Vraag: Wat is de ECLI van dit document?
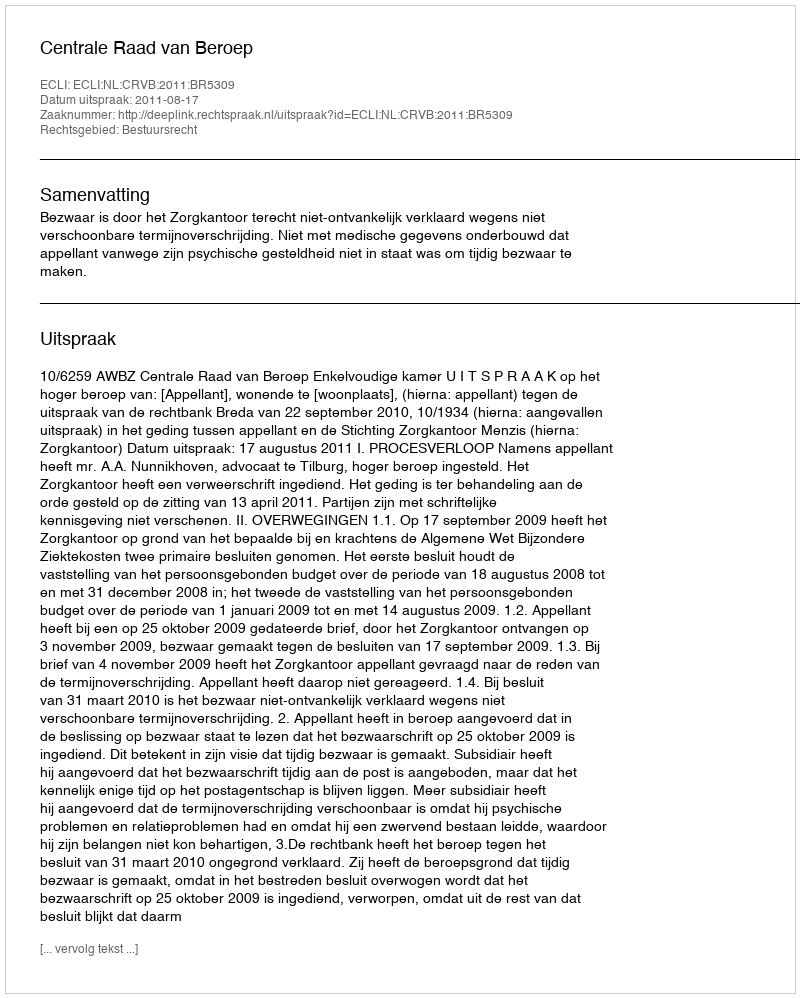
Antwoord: ECLI:NL:CRVB:2011:BR5309